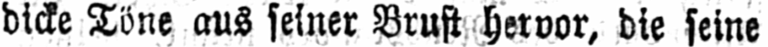
dicke Töne aus seiner Brust hervor, die seine